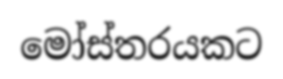
මෝස්තරයකට